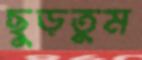
ছুড়তুম